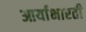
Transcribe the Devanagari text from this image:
आर्याभारती